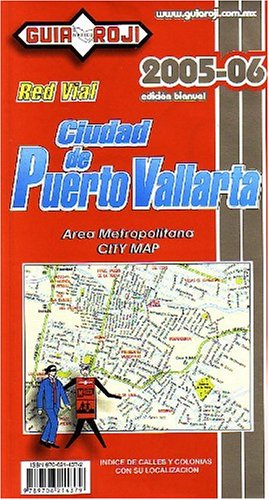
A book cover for Puerto Vallarta City Map by Guia Roji (Spanish Edition) (English and Spanish Edition); Guia Roji; Travel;